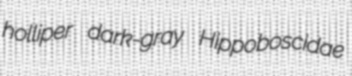
holliper dark-gray Hippoboscidae